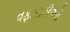
વફાદારીઓ